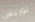
توريس